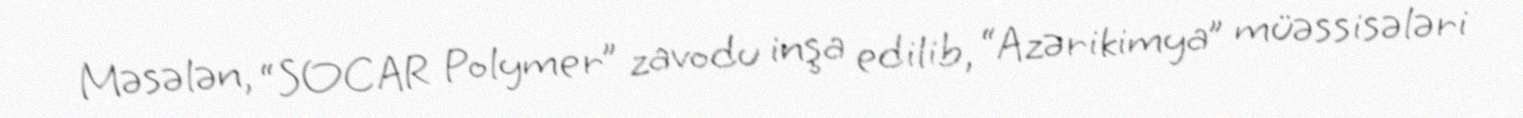
Məsələn, “SOCAR Polymer” zavodu inşa edilib, “Azərikimya” müəssisələri